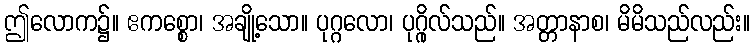
ဤလောက၌။ ဧကစ္စော၊ အချို့သော။ ပုဂ္ဂလော၊ ပုဂ္ဂိုလ်သည်။ အတ္တာနာစ၊ မိမိသည်လည်း။